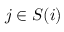
j \in S ( i )